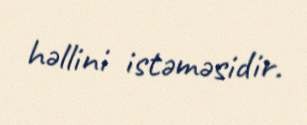
həllini istəməsidir.